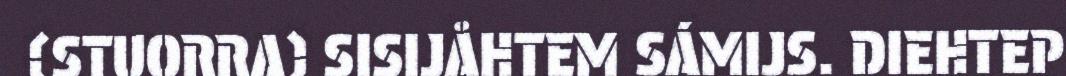
(STUORRA) SISIJÅHTEM SÁMIJS. DIEHTEP